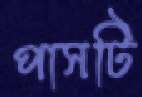
পাসটি